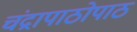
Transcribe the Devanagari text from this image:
चंद्रापाठोपाठ